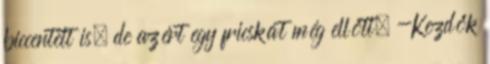
biccentett is, de azért egy fricskát még ellőtt. -Kezdők